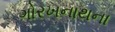
ગોરખનાથના